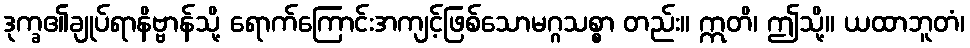
ဒုက္ခ၏ချုပ်ရာနိဗ္ဗာန်သို့ ရောက်ကြောင်းအကျင့်ဖြစ်သောမဂ္ဂသစ္စာ တည်း။ ဣတိ၊ ဤသို့။ ယထာဘူတံ၊